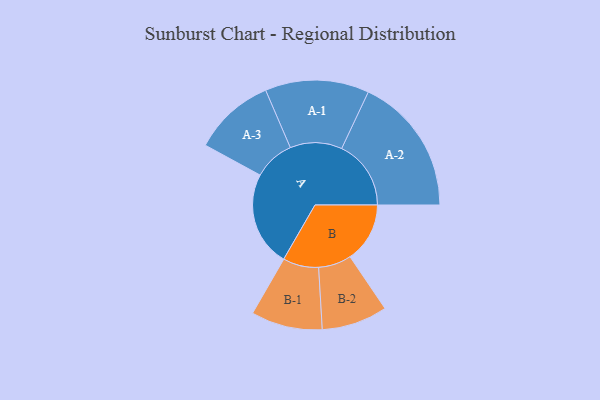
{"axis": {"x": "Segment", "y": "Value"}, "legend": ["", "A", "B"], "data": [{"x": "A", "y": 409, "type": ""}, {"x": "B", "y": 258, "type": ""}, {"x": "A-1", "y": 224, "type": "A"}, {"x": "A-2", "y": 299, "type": "A"}, {"x": "A-3", "y": 176, "type": "A"}, {"x": "B-1", "y": 154, "type": "B"}, {"x": "B-2", "y": 142, "type": "B"}]}